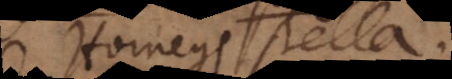
Hornegs stella.